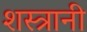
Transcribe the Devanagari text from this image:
शस्त्रानी